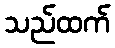
သည်ထက်